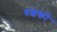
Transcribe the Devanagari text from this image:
धशकों